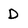
Character: D